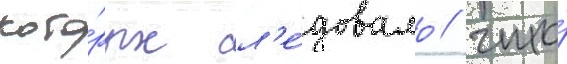
кото́рых сл'е́довало / что́